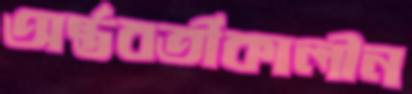
অর্ন্তবর্তীকালীন